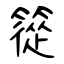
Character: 篵